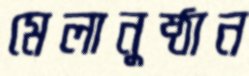
মেলানুষ্ঠান